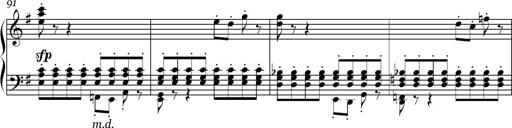
Title: Sonatina in E minor
Composer: Shuwen Zhang
Key: E minor